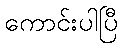
ကောင်းပါပြီ